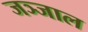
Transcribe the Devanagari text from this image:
जञ्जाल